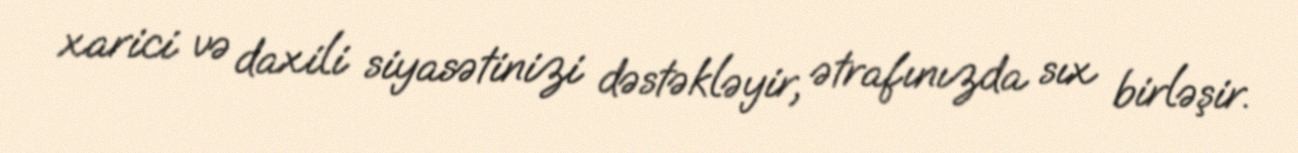
xarici və daxili siyasətinizi dəstəkləyir, ətrafınızda sıx birləşir.